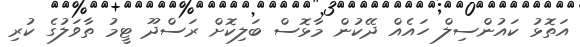
އަތޮޅު ކައުންސިލް ހައެއް ދޭކުން މާޅޮސް ބަލިކޮށް ރަސްދޫ ޓީމު ތާވަލުގެ ކުރި